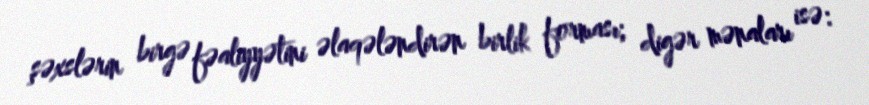
şəxslərin birgə fəaliyyətini əlaqələndirən birlik forması; digər mənaları isə: